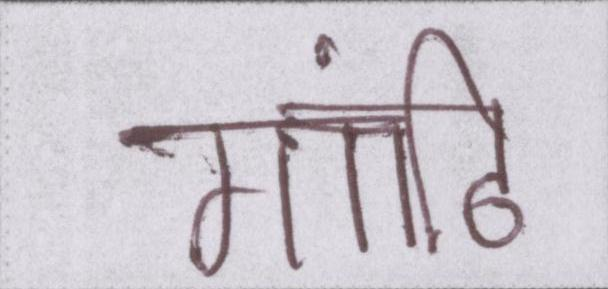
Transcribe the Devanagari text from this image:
गांठि